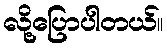
လို့ပြောပါတယ်။